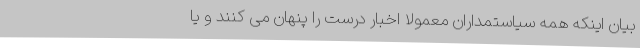
بیان اینکه همه سیاستمداران معمولا اخبار درست را پنهان می کنند و یا